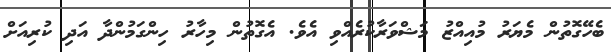
ބެހޭގޮތުން މެޔަރު މުއިއްޒު މަޝްވަރާކުރެއްވި އެވެ. އެގޮތުން މިހާރު ހިންގަމުންދާ އަދި ކުރިއަށް